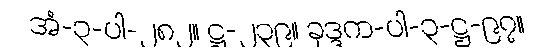
အံ-၃-ပါ-၂၈၂။ ဋ္ဌ-၂၃၉။ ခုဒ္ဒက-ပါ-၃-ဋ္ဌ-၉၇။